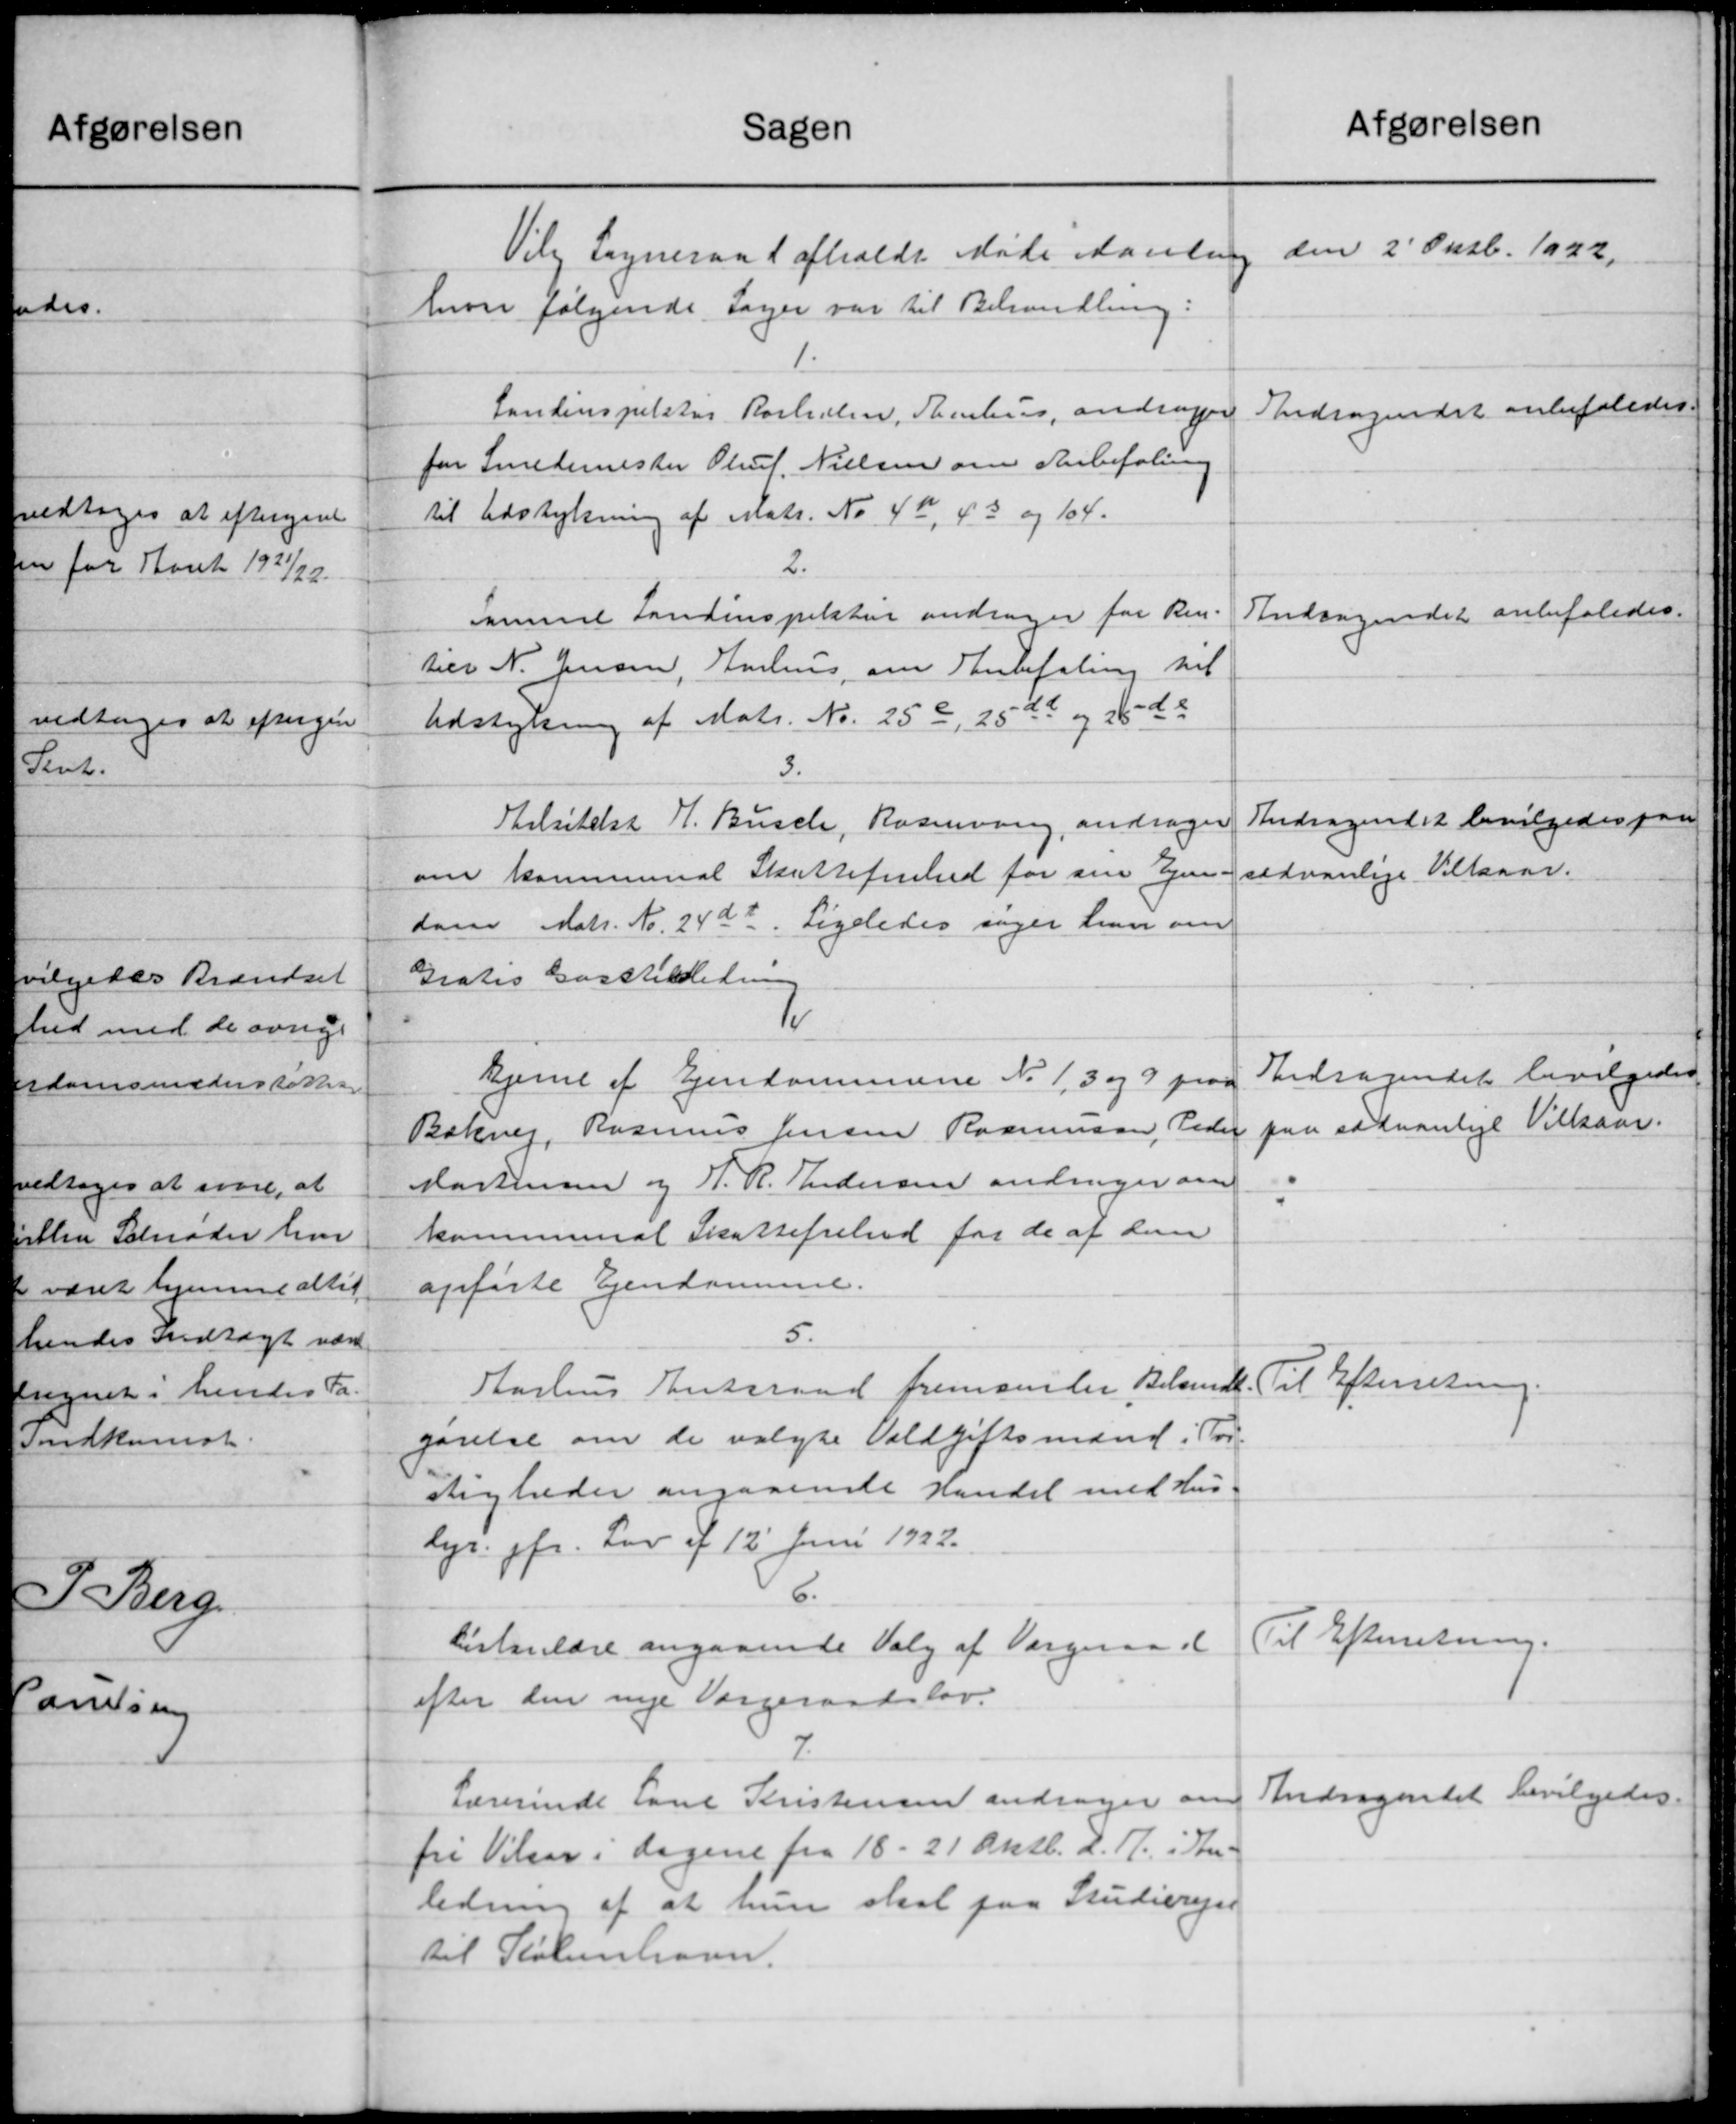
Transskription:
Afgørelsen
Sagen
den 2' Oktb. 1922.
Vilg Sogneraad afholdt Møde samling
hvor følgende Sager var til Behandling:
1.
Andragendet anbefaledes.
Landinspektør Rørholm, Therhus andrager
for Smedemester Oluf Nielsen om Anbefaling
til Udstykning af Matr. No 42, 43 og 104.
2.
Indsagendet anbefaledes.
samme Landinspektør andrager for Ren-
tier N. Jensen, Julius, om Anbefaling til
Udstykning af Matr. Nr. 25 c, 25 ds og 26 - da
3.
Andragendet bevilgedes paa
Islitelse H. Busch, Rasmusen, andrager
sædvanlige Vilkaar.
om kommunal Skattefenhed for sin Ejen-
dam Matr. Nr. 24a?. Ligeledes søger han om
Gratis Gasstilledning
10.
Andragendet bevilgedes
Hjemt af Ejendommerne No 1, 3 og 9 paa
paa sædvanlige Vilkaar.
Bækvej, Rasmus Jensen Rasmussen, Peder
Mortensen og J. R. Andersen andrager om
kommunal Skattefribud for de af dem
opførte Ejendommen.
5.
Aarhus Amtsraad fremsender Belandt Til Efterretning.
gørelse om de valgte Voldgiftsmænd i For-
sligheder angaaende handel med Hus-
lyr. pr. Lov af 12' Juni 1922.
6.
Til Efterretning.
Cirkulære angaaende Valg af Værgeraadet
efter den nye Værgeraadslov.
7.
Andragendet bevilgedes.
Lærerinde Paul Kristensen andrager om
fri Vilser i dagene fra 18 - 21 Oktb. 2. A. i In-
ledning af at hun skal paa Studierejse
til København.